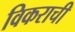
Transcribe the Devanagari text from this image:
विकराची